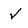
Character: v